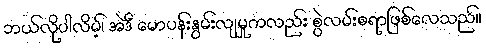
ဘယ်လိုပါလိမ့်၊ အဲဒီ မောပန်းနွမ်းလျမှုကလည်း စွဲလမ်းစရာဖြစ်လေသည်။